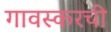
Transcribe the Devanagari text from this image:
गावस्करची